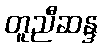
တူညီဆန္ဒ